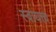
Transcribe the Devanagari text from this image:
स्वायत्त्य